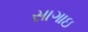
સાગાઇ